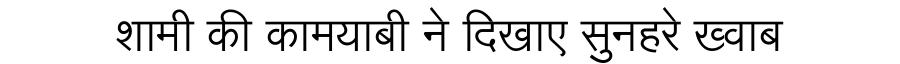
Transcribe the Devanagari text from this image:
शामी की कामयाबी ने दिखाए सुनहरे ख्वाब